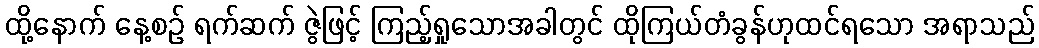
ထို့နောက် နေ့စဉ် ရက်ဆက် ဇွဲဖြင့် ကြည့်ရှုသောအခါတွင် ထိုကြယ်တံခွန်ဟုထင်ရသော အရာသည်